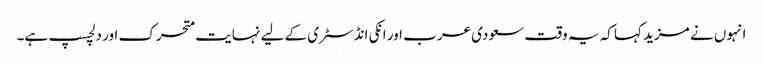
انہوں نے مزید کہا کہ یہ وقت سعودی عرب اور انکی انڈسٹری کے لیے نہایت متحرک اور دلچسپ ہے۔